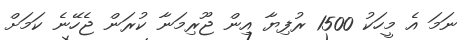
ނަމަ އެ މީހަކު 1500 ރުފިޔާ އިން ޖޫރިމަނާ ކުރަން ޖެހޭނެ ކަމަށް